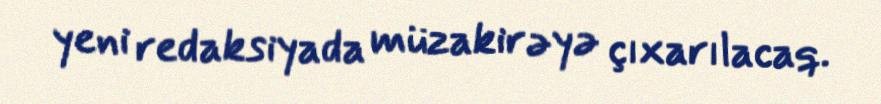
yeni redaksiyada müzakirəyə çıxarılacaq.